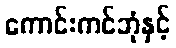
ကောင်းကင်ဘုံနှင့်